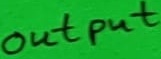
Text: output